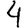
Digit: 4